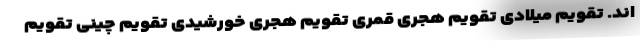
اند. تقویم میلادی تقویم هجری قمری تقویم هجری خورشیدی تقویم چینی تقویم